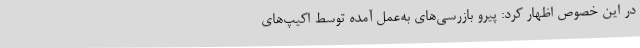
در این خصوص اظهار کرد: پیرو بازرسی‌های به‌عمل آمده توسط اکیپ‌های